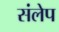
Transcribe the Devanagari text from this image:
संलेप